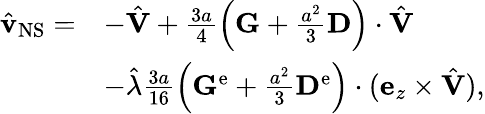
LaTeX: \begin{array}{rl}{\hat{\mathbf{v}}_{\mathrm{NS}}=}&{-\hat{\mathbf{V}}+\frac{3a}{4}\left(\mathbf{G}+\frac{a^{2}}{3}\mathbf{D}\right)\cdot\hat{\mathbf{V}}}\\ &{-\hat{\lambda}\frac{3a}{16}\left(\mathbf{G}^{\mathrm{e}}+\frac{a^{2}}{3}\mathbf{D}^{\mathrm{e}}\right)\cdot(\mathbf{e}_{z}\times\hat{\mathbf{V}}),}\end{array}